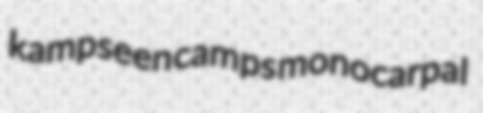
kampseen camps monocarpal